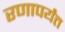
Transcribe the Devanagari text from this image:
रणापर्यंत